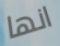
انها